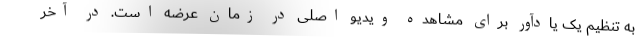
به تنظیم یک یادآور برای مشاهده ویدیو اصلی در زمان عرضه است. در آخر